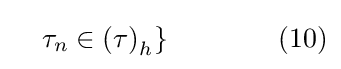
\quad \tau _{n}\in \left(\tau \right)_{h}\}\qquad \qquad (10)